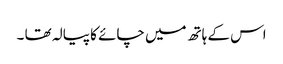
اس کے ہاتھ میں چائے کا پیالہ تھا ۔